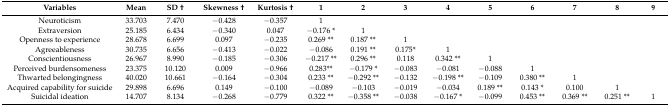
<table><thead><tr><td><b>Variables</b></td><td><b>Mean</b></td><td><b>SD †</b></td><td><b>Skewness †</b></td><td><b>Kurtosis †</b></td><td><b>1</b></td><td><b>2</b></td><td><b>3</b></td><td><b>4</b></td><td><b>5</b></td><td><b>6</b></td><td><b>7</b></td><td><b>8</b></td><td><b>9</b></td></tr></thead><tbody><tr><td>Neuroticism</td><td>33.703</td><td>7.470</td><td>−0.428</td><td>−0.357</td><td>1</td><td></td><td></td><td></td><td></td><td></td><td></td><td></td><td></td></tr><tr><td>Extraversion</td><td>25.185</td><td>6.434</td><td>−0.340</td><td>0.047</td><td>−0.176 *</td><td>1</td><td></td><td></td><td></td><td></td><td></td><td></td><td></td></tr><tr><td>Openness to experience</td><td>28.678</td><td>6.699</td><td>0.097</td><td>−0.235</td><td>0.269 **</td><td>0.187 **</td><td>1</td><td></td><td></td><td></td><td></td><td></td><td></td></tr><tr><td>Agreeableness</td><td>30.735</td><td>6.656</td><td>−0.413</td><td>−0.022</td><td>−0.086</td><td>0.191 **</td><td>0.175*</td><td>1</td><td></td><td></td><td></td><td></td><td></td></tr><tr><td>Conscientiousness</td><td>26.967</td><td>8.990</td><td>−0.185</td><td>−0.306</td><td>−0.217 **</td><td>0.296 **</td><td>0.118</td><td>0.342 **</td><td>1</td><td></td><td></td><td></td><td></td></tr><tr><td>Perceived burdensomeness</td><td>23.375</td><td>10.120</td><td>0.009</td><td>−0.966</td><td>0.283**</td><td>−0.179 *</td><td>−0.083</td><td>−0.081</td><td>−0.088</td><td>1</td><td></td><td></td><td></td></tr><tr><td>Thwarted belongingness</td><td>40.020</td><td>10.661</td><td>−0.164</td><td>−0.304</td><td>0.233 **</td><td>−0.292 **</td><td>−0.132</td><td>−0.198 **</td><td>−0.109</td><td>0.380 **</td><td>1</td><td></td><td></td></tr><tr><td>Acquired capability for suicide</td><td>29.898</td><td>6.696</td><td>0.149</td><td>−0.100</td><td>−0.089</td><td>−0.103</td><td>−0.019</td><td>−0.034</td><td>0.189 **</td><td>0.143 *</td><td>0.100</td><td>1</td><td></td></tr><tr><td>Suicidal ideation</td><td>14.707</td><td>8.134</td><td>−0.268</td><td>−0.779</td><td>0.322 **</td><td>−0.358 **</td><td>−0.038</td><td>−0.167 *</td><td>−0.099</td><td>0.453 **</td><td>0.369 **</td><td>0.251 **</td><td>1</td></tr></tbody></table>